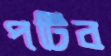
পটিব